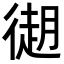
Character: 𢕤